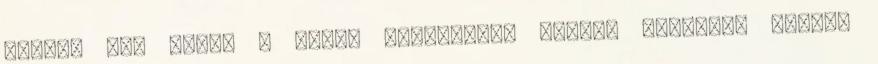
utóbbi két évben a három nagycsapat mögött végzett, mégsem